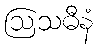
ဩသဓီနံ